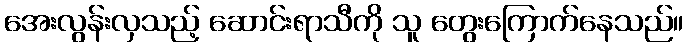
အေးလွန်းလှသည့် ဆောင်းရာသီကို သူ တွေးကြောက်နေသည်။